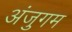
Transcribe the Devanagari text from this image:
अंजुगम